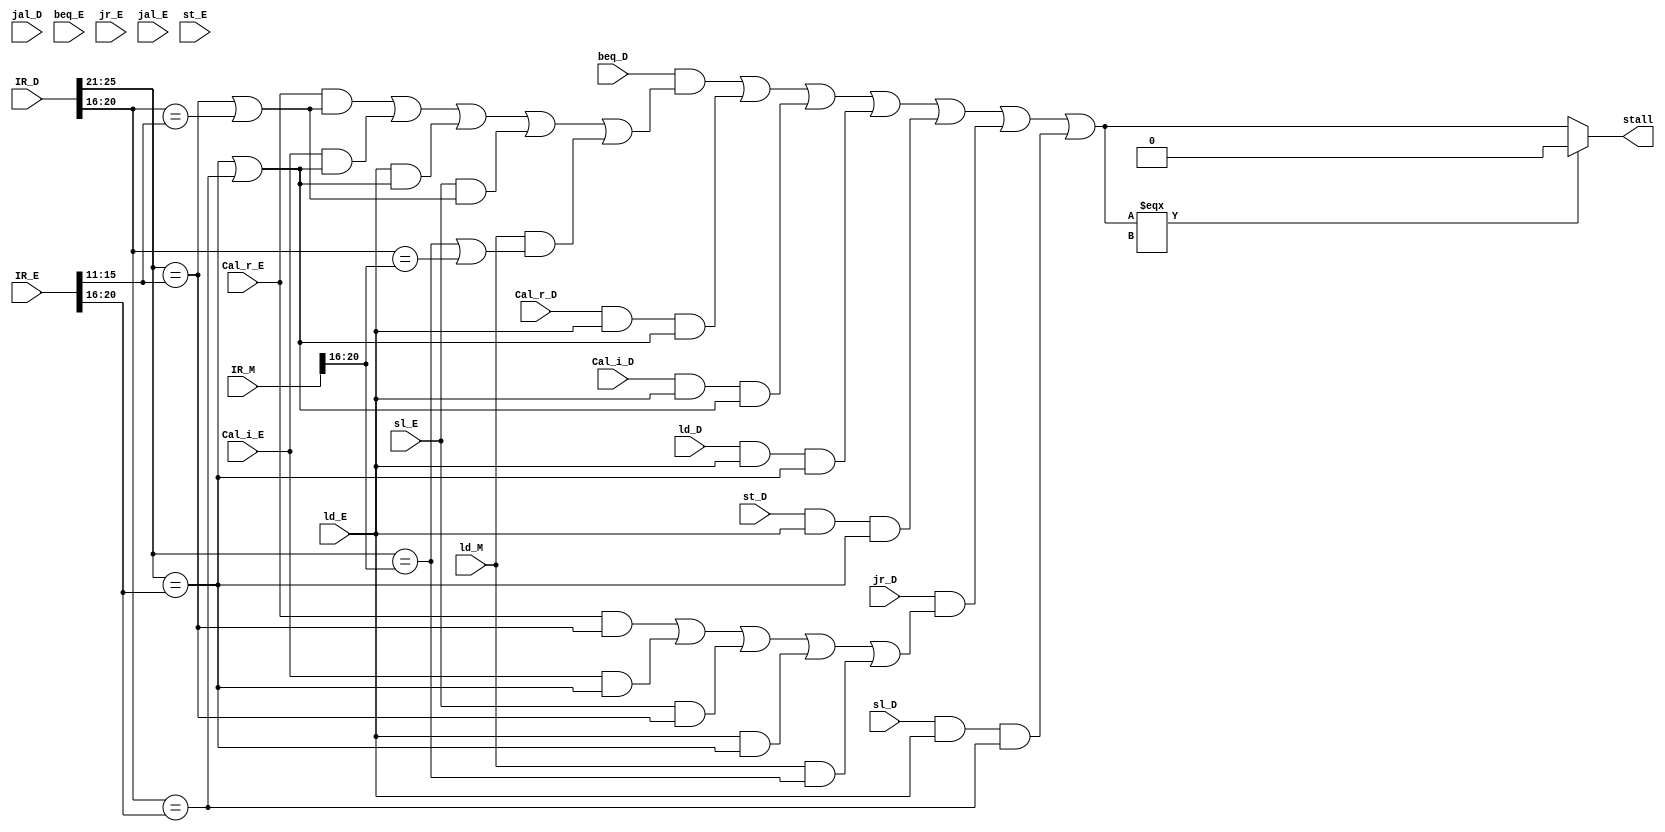
`timescale 1ns / 1ps
`define rs 25:21
`define rt 20:16
`define rd 15:11
//////////////////////////////////////////////////////////////////////////////////
// Company: 
// Engineer: 
// 
// Design Name: 
// Module Name:    stall 
// Project Name: 
// Target Devices: 
// Tool versions: 
// Description: 
//
// Dependencies: 
//
// Revision: 
// Revision 0.01 - File Created
// Additional Comments: 
//
//////////////////////////////////////////////////////////////////////////////////
module stall(
	input [31:0] IR_D,
	input [31:0] IR_E,
	input [31:0] IR_M,
	input Cal_r_D,
	input Cal_i_D,
	input beq_D,
	input jr_D,
	input jal_D,
	input ld_D,
	input st_D,
	input Cal_r_E,
	input Cal_i_E,
	input beq_E,
	input jr_E,
	input jal_E,
	input ld_E,
	input st_E,
	input sl_E,
	input sl_D,
	input ld_M,	
	output stall
    );
	wire stall_b, stall_calr, stall_cali, stall_ld, stall_st, stall_jr, stall_sl, temp;
	
	assign temp = (stall_b || stall_calr || stall_cali || stall_ld || stall_st || stall_jr || stall_sl);
	assign stall = (temp === 1'bx)? 0:temp;
	
	assign stall_b = beq_D && ((Cal_r_E && (IR_D[`rs] == IR_E[`rd]||IR_D[`rt] == IR_E[`rd]))
					  ||(Cal_i_E && (IR_D[`rs] == IR_E[`rt]||IR_D[`rt] == IR_E[`rt]))
					  ||(ld_E && (IR_D[`rs] == IR_E[`rt]||IR_D[`rt] == IR_E[`rt]))
					  ||(sl_E && (IR_D[`rs] == IR_E[`rd]||IR_D[`rt] == IR_E[`rd]))
					  ||(ld_M && (IR_D[`rs] == IR_M[`rt]||IR_D[`rt] == IR_M[`rt])));
	assign stall_calr = Cal_r_D && ld_E && (IR_D[`rs] == IR_E[`rt]||IR_D[`rt] == IR_E[`rt]);
	assign stall_cali = Cal_i_D && ld_E && (IR_D[`rs] == IR_E[`rt]||IR_D[`rt] == IR_E[`rt]);
	assign stall_ld = ld_D && ld_E && IR_D[`rs] == IR_E[`rt];
	assign stall_st = st_D && ld_E && IR_D[`rs] == IR_E[`rt];
	assign stall_sl = sl_D && ld_E && IR_D[`rt] == IR_E[`rt];
	assign stall_jr = jr_D && ((Cal_r_E && IR_D[`rs] == IR_E[`rd])
					  ||(Cal_i_E && IR_D[`rs] == IR_E[`rt])
					  ||(sl_E && IR_D[`rs] == IR_E[`rd])
					  ||(ld_E && IR_D[`rs] == IR_E[`rt])
					  ||(ld_M && IR_D[`rs] == IR_M[`rt]));

endmodule